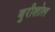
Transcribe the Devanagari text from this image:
बुरीशोल